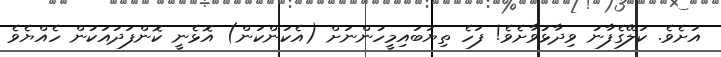
އަށެވެ. ކަލޭގެފާނު ވިދާޅުވާށެވެ! ފަހެ ތިޔަބައިމީހުންނަށް (އެކަންކަން) އޮޅެނީ ކޮންފަދައަކުން ހެއްޔެވެ